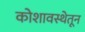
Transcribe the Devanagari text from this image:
कोशावस्थेतून